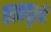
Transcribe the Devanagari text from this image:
कानपूरची